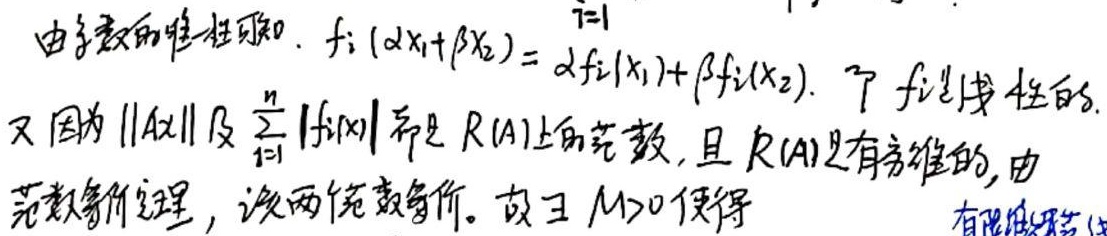
由函数的线性可知，$f_i(\alpha x_1+\beta x_2)=\alpha f_i(x_1)+\beta f_i(x_2)$，$f_i$是线性的。又因为 $\|Ax\|$ 及 $\sum_{i = 1}^{n}|f_i(x)|$ 都是 $R(A)$ 上的范数，且 $R(A)$ 是有限维的，由范数等价定理，这两个范数等价。故 $\exists M>0$ 使得 有限维 。